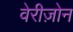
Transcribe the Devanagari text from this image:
वेरीज़ोन